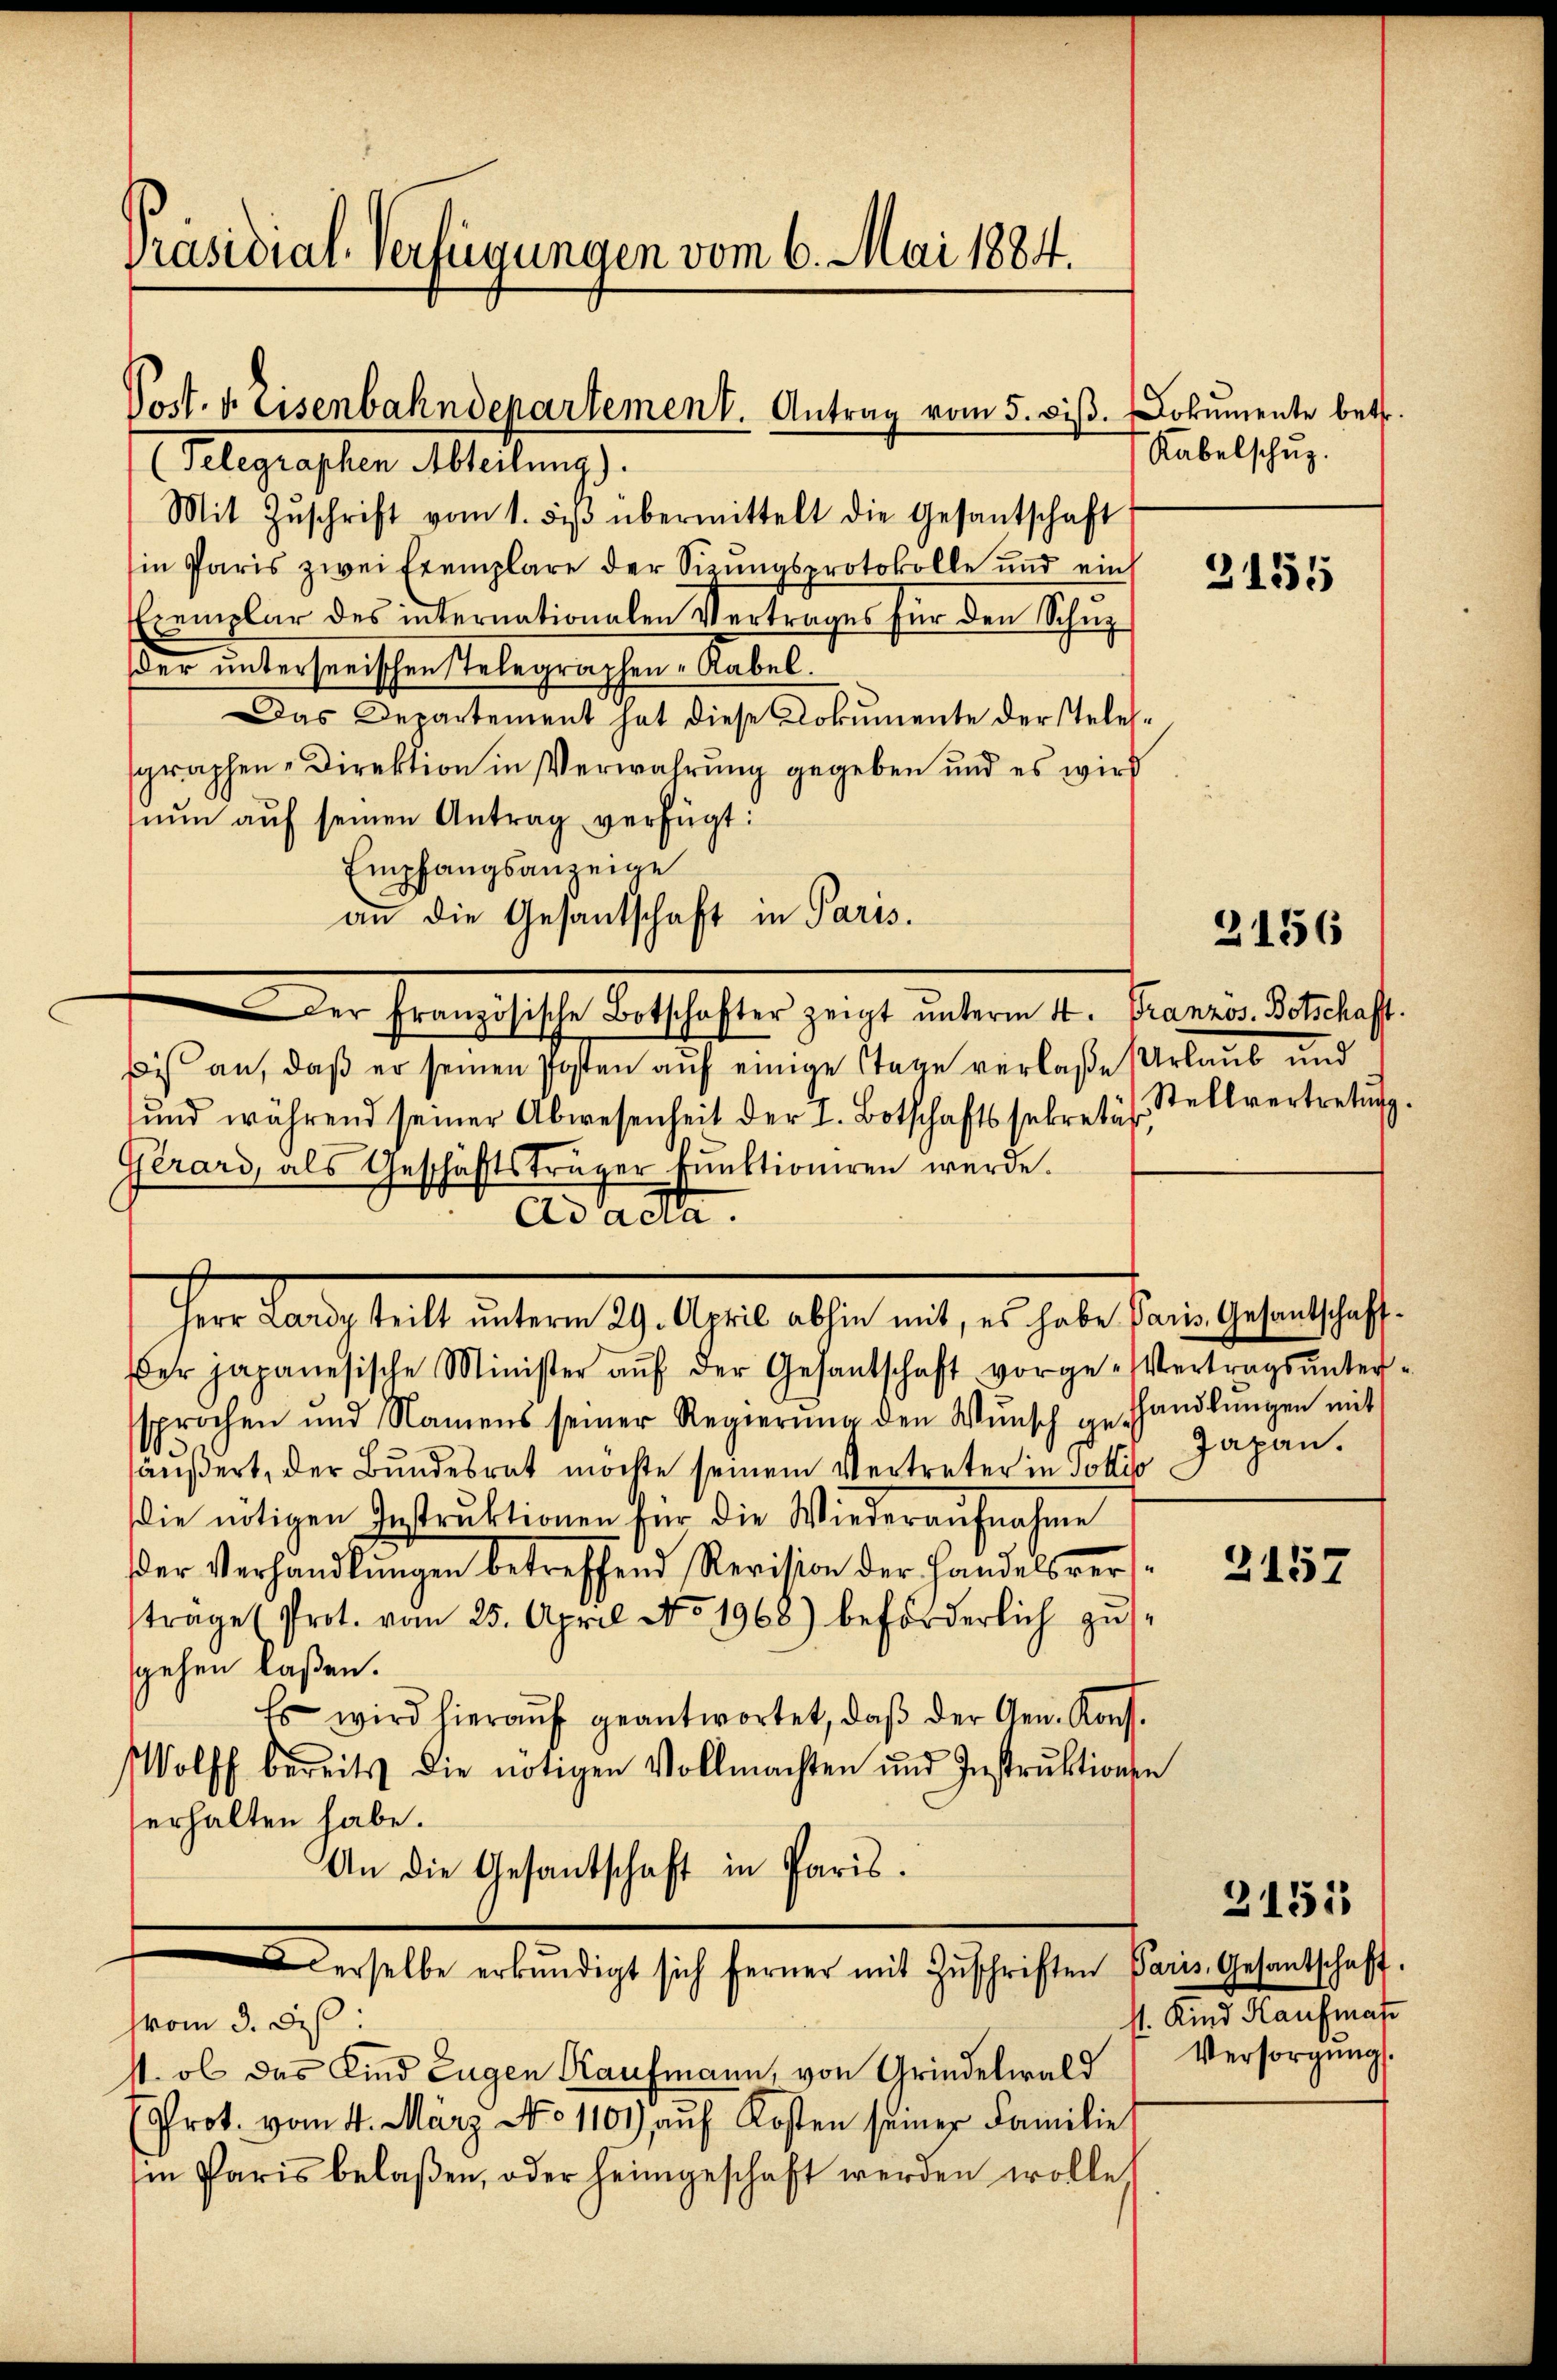
Präsidial-Verfügungen vom 6. Mai 1884.

Sost. v. Eisenbahndepartement. Antrag vom 5. diβ. Dokumente betr.
(Telegraphen Abteilung).

Mit Zŭschrift vom 1. dβ übermittelt die Gesantschaft
in Paris zwei Exemplare der Sizungsprotokolle und eins
iemplar des internationalen Vertrages für den Schuz
der unterseeischen stelegraphen-Rabel.
Das Departement hat diese Dokumente der Telesgraphen-Direktion in Verwahrung gegeben und es wird
nun auf seinen Antrag verfügt:
Empfangsanzeige
bis an, daß er seinen Posten auf einige Tage verlaße (Urlaub und
und während seiner Abwesenheit der I. Botschaftssekretär
Gerard, als Geschäftsträger Funktioniren werde.
ad acta.
Ihre Katastell unterm 29. April abste mit es habe seine sehenthalten
er japanesische Minister aŭf der Gesantschaft vorge-Vertragsŭntersprochen und Namens seiner Regierŭng den Wŭnsch gehandlŭngen mit
äußert, der Bundesrat möchte seinem Vertreter in Tottis Japan.
die nötigen Instruktionen für die Wiederaŭfnahme
er Verhandlŭngen betreffend Revision der Handelsvertrage (Prot. vom 25. April No 1968) beförderlich zus
gehen laßen.
Es wird hierauf geantwortet, daß der Gen. Kons.
Wolff bereits die nötigen Vollmachten und Instruktions
erhalten habe.
An die Gesantschaft in Paris.

an die Gesantschaft in Paris.
din der Fernehelicher anschaften zeigt unterm 10. Frauen Semesteht.

derselbe erkŭndigt sich ferner mit Zŭschriften Paris, Gesantschaft.

Kabelschuz.

vom 3. ds.
s. ob das Kind Eugen Kaufmann, von Grindelwald
(rot. vom 4. März No. 1101), aŭf Kosten seiner Familie
in Paris belaßen, oder heimgeschaft werden wolle,

d

3155

2156

Stellvertretŭng.

2157

st. Kind Kaufmas
Versorgung.

3155